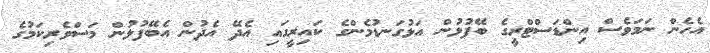
އެހެން ނަމަވެސް އިންޑަސްޓްރީގެ ބޭފުޅުން އަޅުގަނޑުމެންގެ ކައިރީގައި އެދޭ އެދުން އެބޭފުޅުން މަސްވެރިކަމުގެ